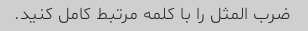
ضرب المثل را با کلمه مرتبط کامل کنید.